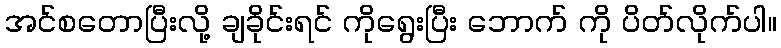
အင်စတောပြီးလို့ ချခိုင်းရင် ကိုရွေးပြီး ဘောက် ကို ပိတ်လိုက်ပါ။